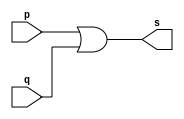
// Exercicio10 - OR  
// Nome: Roger Rubens Machado 

// -- or gate

module orgate(output s, input p, input q);
 assign s = p | q;
endmodule // orgate

module testorgate;
 reg a, b, c, d;
 wire s1, s2, s3;
 
orgate AND1 (s1, a, b); 
orgate AND2 (s2, c, d);
orgate AND3 (s3, s1, s2);

initial begin: start
	a = 0;
	b = 0;
	c = 0;
	d = 0;
end

initial begin: main
	$display("Exercicio00010 - Roger Rubens Machado - 430533"); 
	$display("Test OR gate"); 
	$display("\na |  b | c | d = s\n"); 
		a = 0; b = 0; c = 0; d = 0;
	$monitor("%b | %b | %b | %b = %b", a, b, c, d, s3); 
		#1 a = 0; b = 0; c = 0; d = 0;
		#1 a = 1; b = 0; c = 0; d = 0;
		#1 a = 0; b = 1; c = 0; d = 0;
		#1 a = 1; b = 1; c = 0; d = 0;
		#1 a = 0; b = 0; c = 1; d = 0;
		#1 a = 1; b = 0; c = 1; d = 0;
		#1 a = 0; b = 1; c = 1; d = 0;
		#1 a = 1; b = 1; c = 1; d = 0;
		#1 a = 0; b = 0; c = 0; d = 1;
		#1 a = 1; b = 0; c = 0; d = 1;
		#1 a = 0; b = 1; c = 0; d = 1;
		#1 a = 1; b = 1; c = 0; d = 1;
		#1 a = 0; b = 0; c = 1; d = 1;
		#1 a = 1; b = 0; c = 1; d = 1;
		#1 a = 0; b = 1; c = 1; d = 1;
		#1 a = 1; b = 1; c = 1; d = 1;
end 
endmodule // testandgate